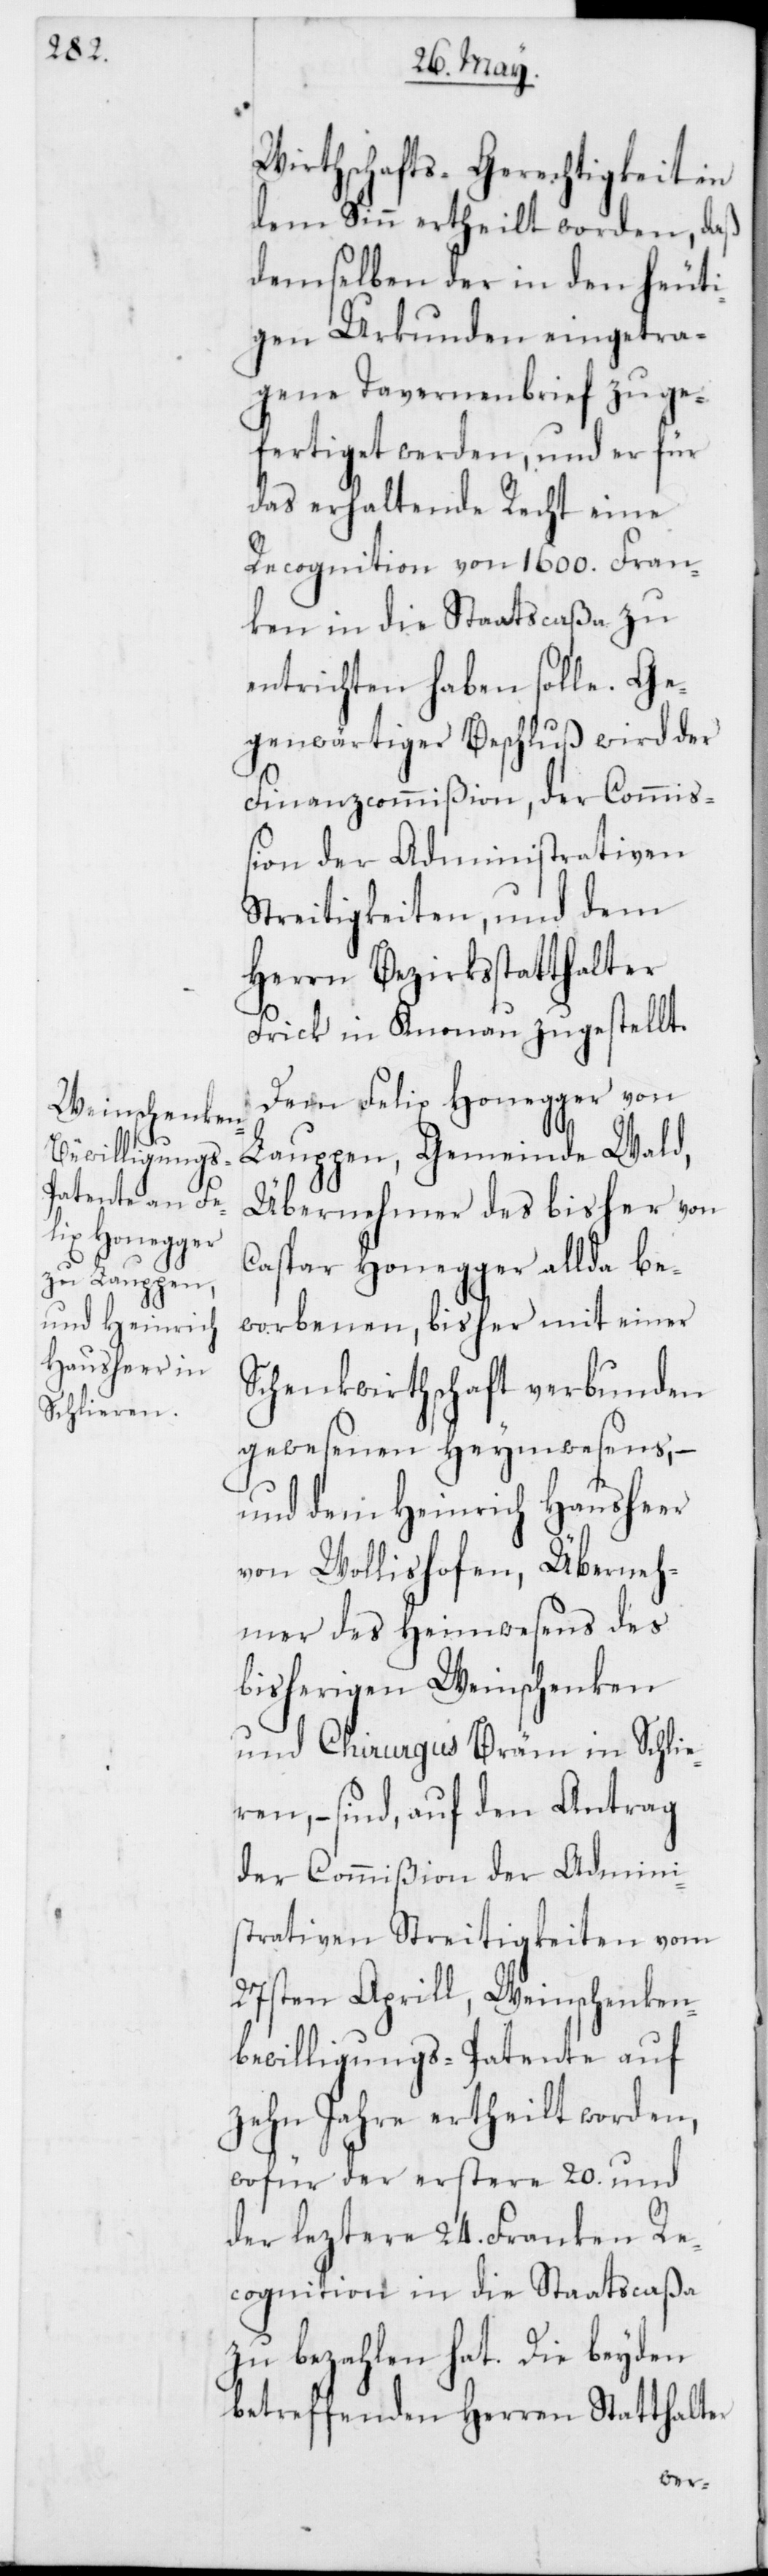
Wirthschafts-Gerechtigkeit in
dem Sinn ertheilt worden, daß
demselben der in den heuti¬
gen Urkunden eingetra¬
gene Tavernenbrief zuge¬
fertiget werden, und er für
das erhaltende Recht eine
Recognition von 1600. Fran¬
ken in die Staatscaßa zu
entrichten haben solle.
Gegenwärtiger Beschluß wird der
Finanzcommißion, der Commiß¬
ion der Administrativen
Streitigkeiten, und dem
Herrn Bezirksstatthalter
Frick in Knonau zugestellt.
Dem Felix Honegger von
Laupen, Gemeinde Wald,
Übernehmer des bisher von
Caspar Honegger allda be¬
worbenen, bisher mit einer
Schenkwirthschaft verbunden
gewesenen Heymwesens, –
und dem Heinrich Hausheer
von Wollishofen, Überneh¬
mer des Heimwesens des
bisherigen Weinschenken
und Chirurgus Bräm in Schlie¬
ren, – sind auf den Antrag
der Commißion der Admini¬
strativen Streitigkeiten vom
27sten Aprill, Weinschenken¬
bewilligungs-Patente auf
zehn Jahre ertheilt worden,
wofür der erstere 20. und
der leztere 24. Franken Re¬
cognition in die Staatscaßa
zu bezahlen hat. Die beyden
betreffenden Herren Statthalter